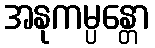
အနုကမ္ပန္တော